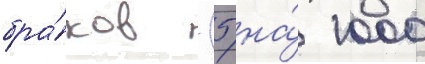
бра́ков (5 на́ 1000